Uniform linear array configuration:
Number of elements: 16
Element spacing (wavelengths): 1
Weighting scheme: uniform
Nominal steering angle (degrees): -45
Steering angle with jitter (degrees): -45.902
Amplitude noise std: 0.05
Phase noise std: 0.05

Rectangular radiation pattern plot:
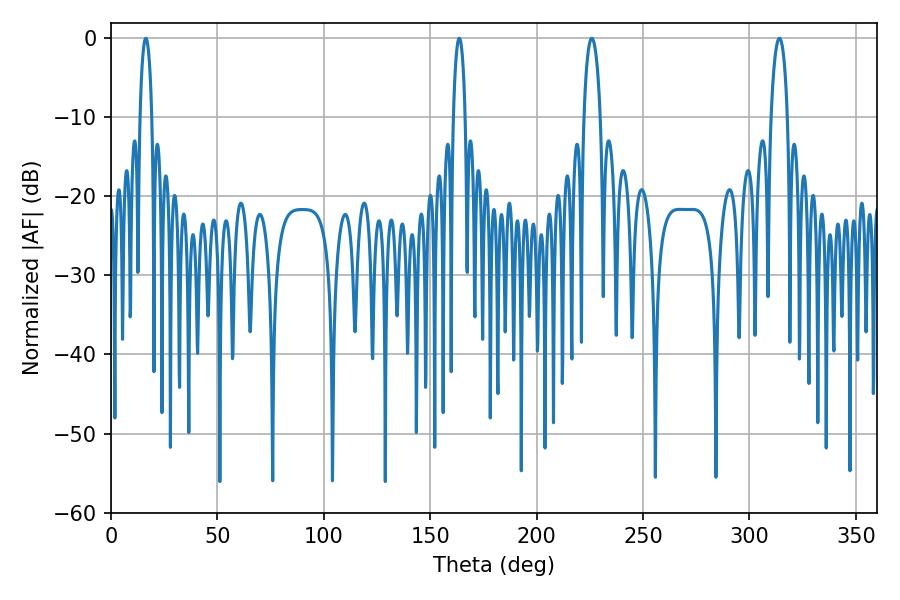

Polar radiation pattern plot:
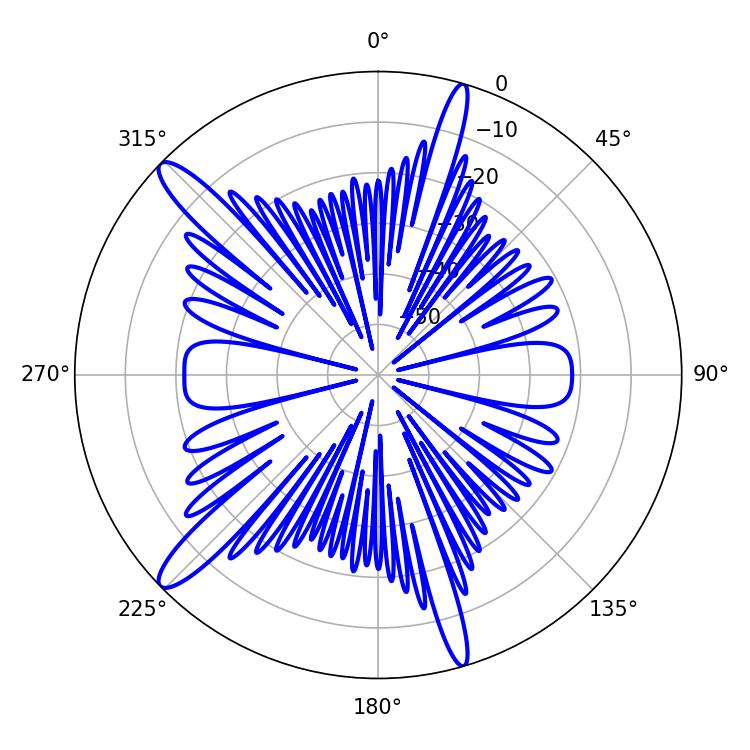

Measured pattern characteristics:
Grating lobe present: TRUE
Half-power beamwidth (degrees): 4.5
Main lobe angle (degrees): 225.9